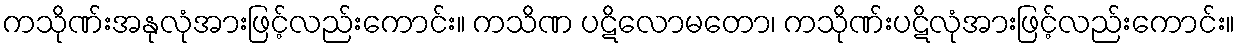
ကသိုဏ်းအနုလုံအားဖြင့်လည်းကောင်း။ ကသိဏ ပဋိလောမတော၊ ကသိုဏ်းပဋိလုံအားဖြင့်လည်းကောင်း။